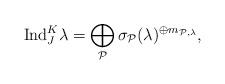
LaTeX: \begin{align*}\mathrm{Ind}_{J}^{K} \lambda = \bigoplus_{\mathcal{P}} \sigma_{\mathcal{P}}(\lambda)^{\oplus m_{\mathcal{P},\lambda}},\end{align*}